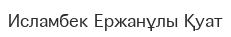
Исламбек Ержанұлы Қуат